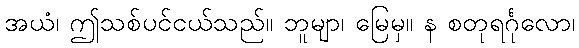
အယံ၊ ဤသစ်ပင်ငယ်သည်။ ဘူမျာ၊ မြေမှ။ န စတုရင်္ဂုလော၊